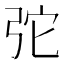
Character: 𢏋